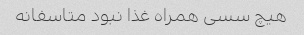
هیچ سسی همراه غذا نبود متاسفانه